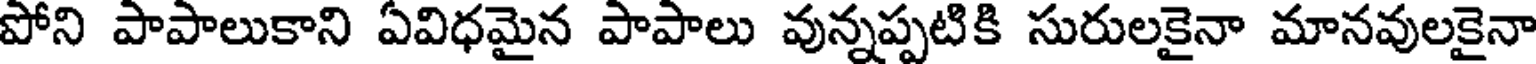
పోని పాపాలుకాని ఏవిధమైన పాపాలు వున్నప్పటికి సురులకైనా మానవులకైనా